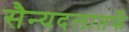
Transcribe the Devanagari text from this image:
सैन्यदलातर्फे